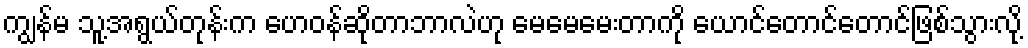
ကျွန်မ သူ့အရွယ်တုန်းက ဟေဝန်ဆိုတာဘာလဲဟု မေမေမေးတာကို ယောင်တောင်တောင်ဖြစ်သွားလို့